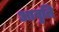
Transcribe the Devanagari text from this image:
आवृ्ति